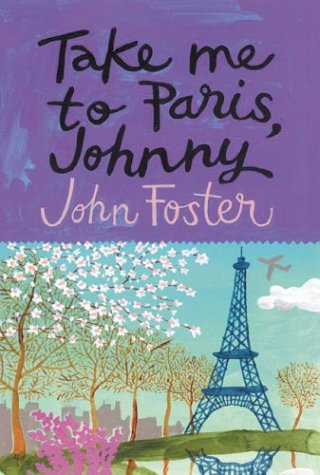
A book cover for Take Me to Paris, Johnny; John Foster; Gay & Lesbian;